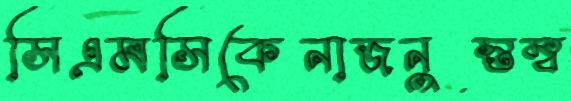
সিএমসিকেনাজনুস্তম্ব